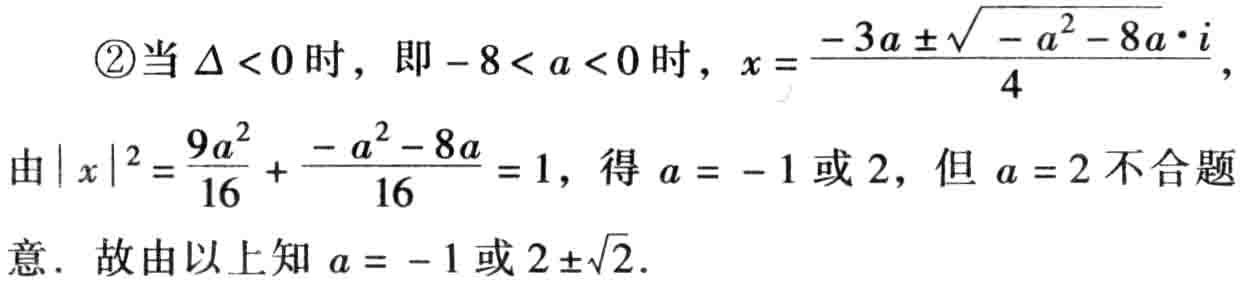
\textcircled{2}当\(\Delta <0\)时，即\(-8 < a < 0\)时，\(x = \frac{-3a\pm\sqrt{-a^{2}-8a}\cdot i}{4}\)，
由\(\vert x\vert^{2}=\frac{9a^{2}}{16}+\frac{-a^{2}-8a}{16}=1\)，得\(a = -1\)或\(2\)，但\(a = 2\)不合题意．故由以上知\(a = -1\)或\(2\pm\sqrt{2}\)．